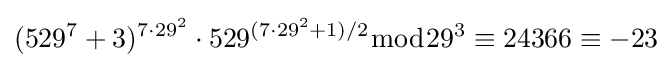
(529^{7}+3)^{7\cdot 29^{2}}\cdot 529^{(7\cdot 29^{2}+1)/2}{\bmod {29^{3}}}\equiv 24366\equiv -23